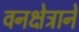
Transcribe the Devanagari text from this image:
वनक्षेत्राने